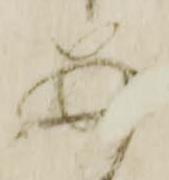
あ